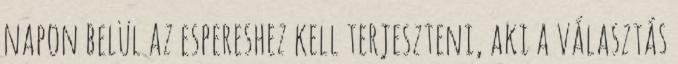
napon belül az espereshez kell terjeszteni, aki a választás